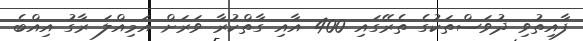
ފާއިތުވި ދުވަސްތަކުގެ ތެރޭގައި 400 އާއި ގާތްކުރާ ވަރަށް އަމިއްލަ ރާގު އިއްބެ